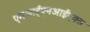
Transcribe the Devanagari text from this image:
एमआईएनआईएक्स